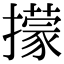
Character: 㩚